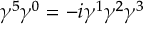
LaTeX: \gamma ^ { 5 } \gamma ^ { 0 } = - i \gamma ^ { 1 } \gamma ^ { 2 } \gamma ^ { 3 }